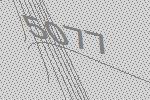
5077